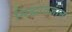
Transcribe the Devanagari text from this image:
सिद्धांतज्ञान